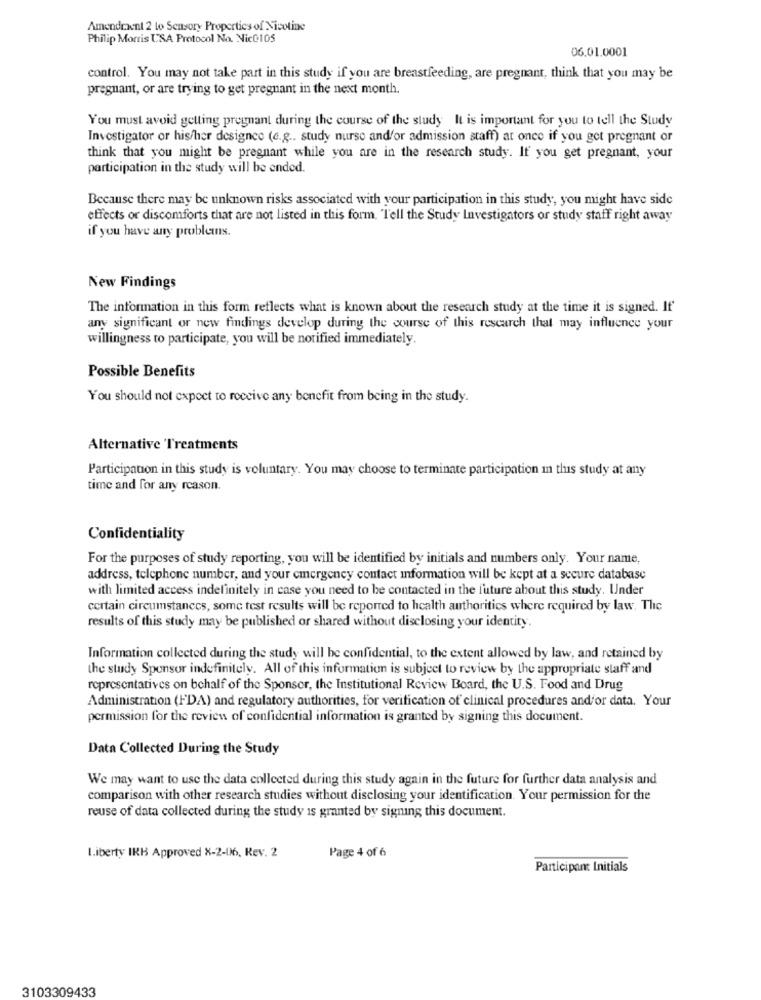
Amendment 2 to Sensory Properties of Nicotine
Philip Morris USA Protocol No. Nic@105
06.01.0001
control. You may not take part in this study if you are breastfeeding, are pregnant, think that you may be
pregnant, or are trying to get pregnant in the next month.
You must avoid getting pregnant during the course of the study It is important for you to tell the Study
Investigator or his/her designce (e.g .. study nurse andfor admission staff) at once if you get pregnant or
think that you might be pregnant while you are in the research study. If you get pregnant, your
participation in the study will be ended.
Because there may be unknown risks associated with your participation in this study, you might have side
effects or discomforts that are not listed in this form. Tell the Study Investigators or study staff right away
if you have any problemns.
New Findings
The information in this form reflects what is known about the research study at the time it is signed. If'
any significant or new findings develop during the course of this research that may influence your
willingness to participate, you will be notified immediately.
Possible Benefits
You should not expect to receive any benefit from being in the study.
Alternative 'Treatments
Participation in this study is voluntary. You may choose to terminate participation in this study at any
time and for any reason.
Confidentiality
For the purposes of study reporting, you will be identified by initials and numbers only. Your name,
address, telephone number, and your cinergency contact information will be kept at a secure database
with limited access indefinitely in case you need to be contacted in the future about this study. Under
certain circumstances, some test results will be reported to health authorities where required by law. The
results of this study may be published or shared without disclosing your identity.
Information collected during the study will be confidential, to the extent allowed by law, and retained by
the study Sponsor indefinitely. All of this information is subject to review by the appropriate staff and
representatives on behalf of the Sponsor, the Institutional Review Board, the U.S. Food and Drug
Administration (FDA) and regulatory authorities, for verification of clinical procedures and/or data. Your
permission for the review of confidential information is granted by signing this document.
Data Collected During the Study
We may want to use the data collected during this study again in the future for further data analysis and
comparison with other research studies without disclosing your identification. Your permission for the
reuse of data collected during the study is granted by signing this document.
Liberty IRB Approved X-2-06, Rev. 2
Page 4 of 6
Participant Initials
3103309433